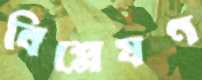
বিশ্লেষণ